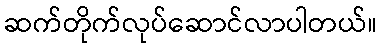
ဆက်တိုက်လုပ်ဆောင်လာပါတယ်။